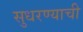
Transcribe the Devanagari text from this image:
सुधरण्याची